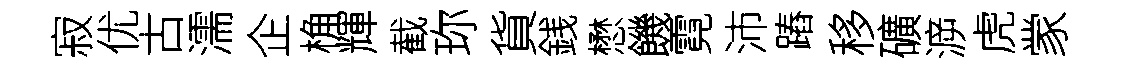
寂优古濡企桷輝截珎貨銭懋饑霓沛蹖移礦㴑虎䝉